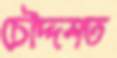
চৌদ্দশত